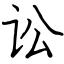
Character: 讼